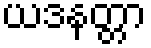
ယဒနတ္တာ